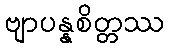
ဗျာပန္နစိတ္တဿ